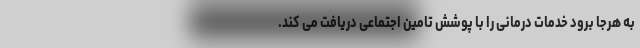
به هرجا برود خدمات درمانی را با پوشش تامین اجتماعی دریافت می کند.